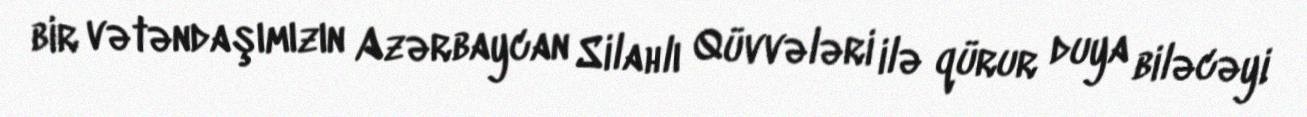
bir vətəndaşımızın Azərbaycan Silahlı Qüvvələri ilə qürur duya biləcəyi